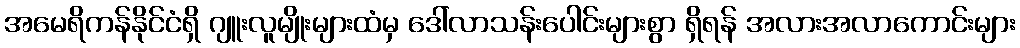
အမေရိကန်နိုင်ငံရှိ ဂျူးလူမျိုးများထံမှ ဒေါ်လာသန်းပေါင်းများစွာ ရှိရန် အလားအလာကောင်းများ